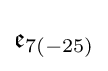
{\mathfrak {e}}_{7(-25)}